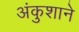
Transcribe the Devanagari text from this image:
अंकुशाने